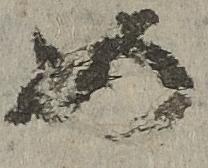
如